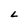
Character: L